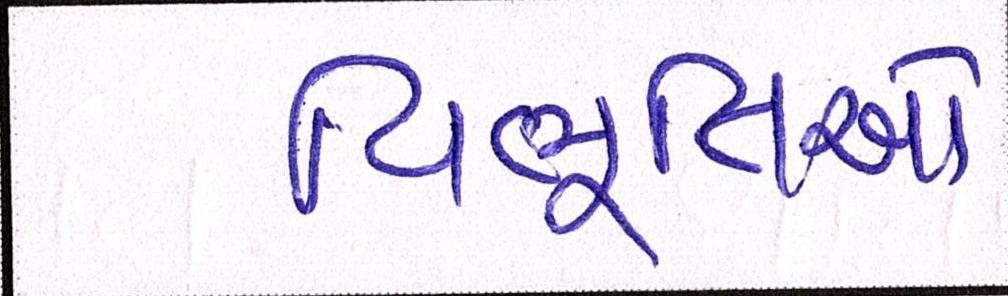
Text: વિભૂતિઓ